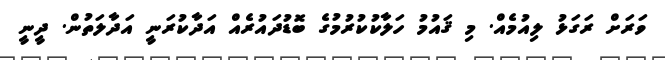
ވަރަށް ރަގަޅު ލިއުމެއް. މި ޤައުމު ހަލާކުކުރުމުގެ ބޮޑުދައުރެއް އަދާކުރަނީ އަދާލަތުން. ދީނީ